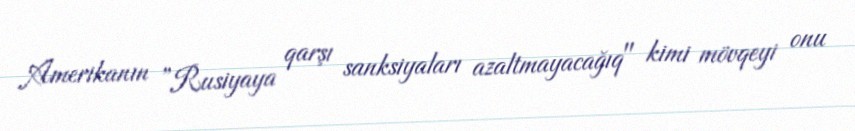
Amerikanın ”Rusiyaya qarşı sanksiyaları azaltmayacağıq" kimi mövqeyi onu